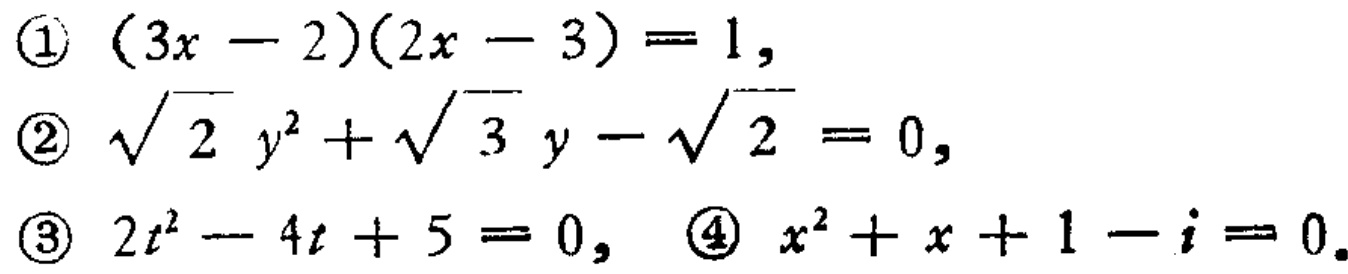
\textcircled{1} \((3x - 2)(2x - 3)=1,\)
\textcircled{2} \(\sqrt{2}y^{2}+\sqrt{3}y - \sqrt{2}=0,\)
\textcircled{3} \(2t^{2}-4t + 5=0,\) \textcircled{4} \(x^{2}+x + 1 - i=0.\)